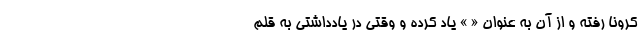
کرونا رفته و از آن به عنوان « » یاد کرده و وقتی در یادداشتی به قلم